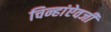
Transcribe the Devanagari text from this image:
चिन्हांऐवजी